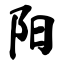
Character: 阳